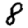
Digit: 8